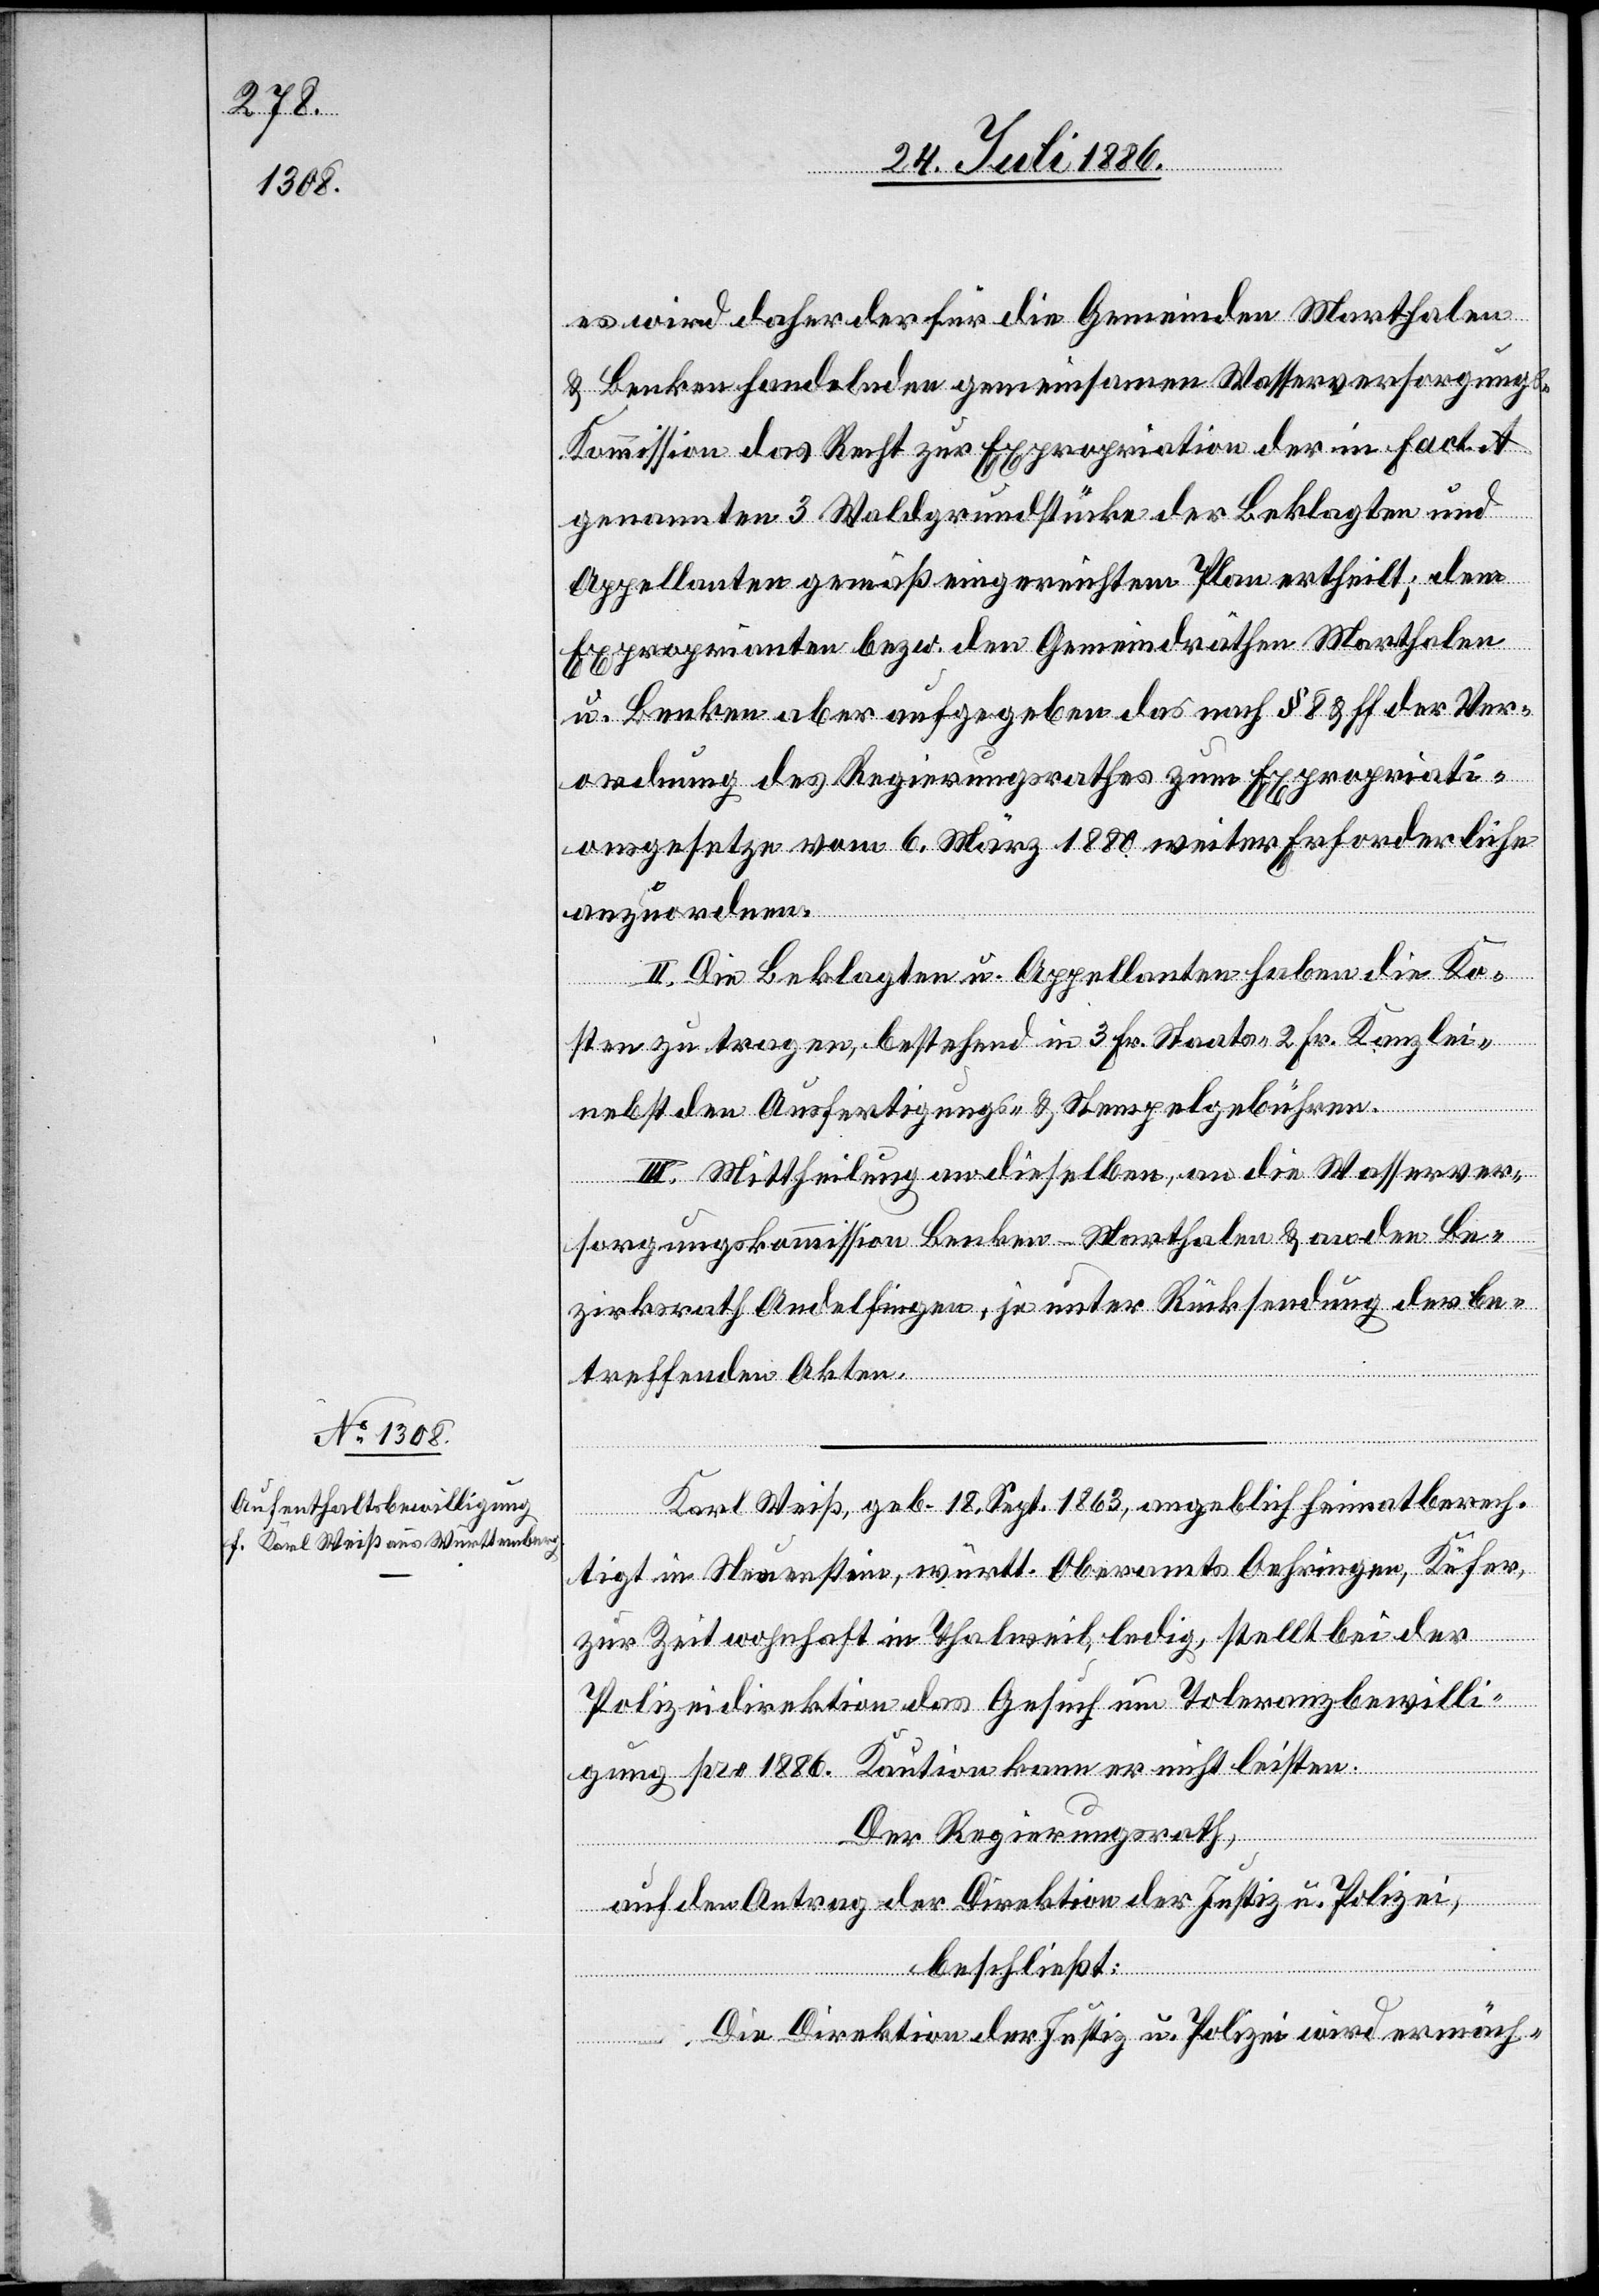
es wird daher der für die Gemeinden Marthalen
& Benken handelnden gemeinsamen Wasserversorgung¬
s-Kommission das Recht zur Expropriation der in Fact. A
genannten 3 Waldgrundstücke der Beklagten und
Appellanten gemäß eingereichtem Plan ertheilt; den
Exproprianten bezw. den Gemeindräthen Marthalen
u. Benken aber aufgegeben das nach § 8 & ff der Ver¬
ordnung des Regierungsrathes zum Expropriati¬
onsgesetze vom 6. März 1880 weiter Erforderliche
anzuordnen.
II. Die Beklagten u. Appellanten haben die Ko¬
sten zu tragen, bestehend in 3 Fr. Staats- 2 Fr. Kanzlei-
nebst den Ausfertigungs- & Stempelgebühren.
III. Mittheilung an dieselben, an die Wasserver¬
sorgungskommission Benken-Marthalen & an den Be¬
zirksrath Andelfingen, je unter Rücksendung der be¬
treffenden Akten.
Karl Weiß, geb. 18. Sept. 1863, angeblich heimatberech¬
tigt in Neuenstein, württ. Oberamts Oehringen, Küfer,
zur Zeit wohnhaft in Thalweil, ledig, stellt bei der
Polizeidirektion das Gesuch um Toleranzbewilli¬
gung pro 1886. Kaution kann er nicht leisten.
Der Regierungsrath,
auf den Antrag der Direktion der Justiz u. Polizei,
beschließt:
Die Direktion der Justiz u. Polizei wird ermäch-